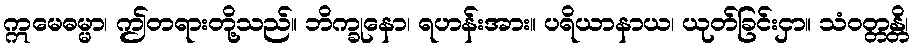
ဣမေဓမ္မာ၊ ဤတရားတို့သည်။ ဘိက္ခုနော၊ ရဟန်းအား။ ပရိယာနာယ၊ ယုတ်ခြင်းငှာ။ သံဝတ္တန္တိ၊